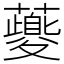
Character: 𧃍